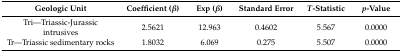
| Geologic Unit | Coefficient (β) | Exp (β) | Standard Error | T-Statistic | p-Value |
 | --- | --- | --- | --- | --- | --- |
 | Tri—Triassic-Jurassic intrusives | 2.5621 | 12.963 | 0.4602 | 5.567 | 0.0000 |
 | Tr—Triassic sedimentary rocks | 1.8032 | 6.069 | 0.275 | 5.507 | 0.0000 |